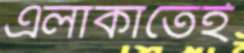
এলাকাতেই